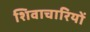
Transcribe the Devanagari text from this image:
शिवाचारियों